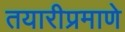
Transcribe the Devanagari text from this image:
तयारीप्रमाणे